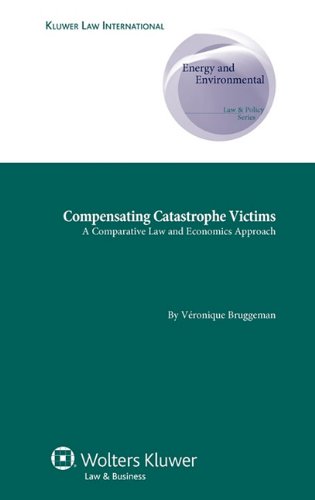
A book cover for Compensating Catastrophe Victims. A Comparative Law and Economics Approach (Energy and Environmental Law & Policy Series); Veronique Bruggeman; Law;